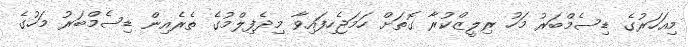
މިއަހަރުގެ ޑިސެމްބަރު މަހު ރިލީޒްކުރާ ގޮތަށް ހަމަޖެހިފައިވާ މިދެފިލްމުގެ ތެރެއިން ޑިސެމްބަރު މަހުގެ